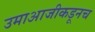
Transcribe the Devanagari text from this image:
उमाआजीकडूनच